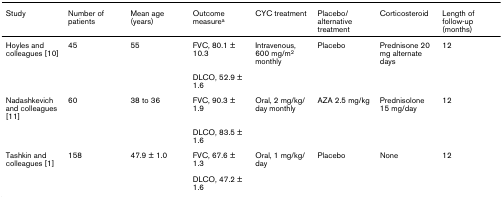
| Study | Number of patients | Mean age (years) | Outcome measurea | CYC treatment | Placebo/alternative treatment | Corticosteroid | Length of follow-up (months) |
 | --- | --- | --- | --- | --- | --- | --- | --- |
 | Hoyles and colleagues [10] | 45 | 55 | FVC, 80.1 ± 10.3 | Intravenous, 600 mg/m2 monthly | Placebo | Prednisone 20 mg alternate days | 12 |
 |  |  |  | DLCO, 52.9 ± 1.6 |  |  |  |  |
 | Nadashkevich and colleagues [11] | 60 | 38 to 36 | FVC, 90.3 ± 1.9 | Oral, 2 mg/kg/day monthly | AZA 2.5 mg/kg | Prednisolone 15 mg/day | 12 |
 |  |  |  | DLCO, 83.5 ± 1.6 |  |  |  |  |
 | Tashkin and colleagues [1] | 158 | 47.9 ± 1.0 | FVC, 67.6 ± 1.3 | Oral, 1 mg/kg/day | Placebo | None | 12 |
 |  |  |  | DLCO, 47.2 ± 1.6 |  |  |  |  |